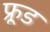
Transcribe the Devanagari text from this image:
फ्रूड